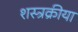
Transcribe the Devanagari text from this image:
शस्त्रक्रीया